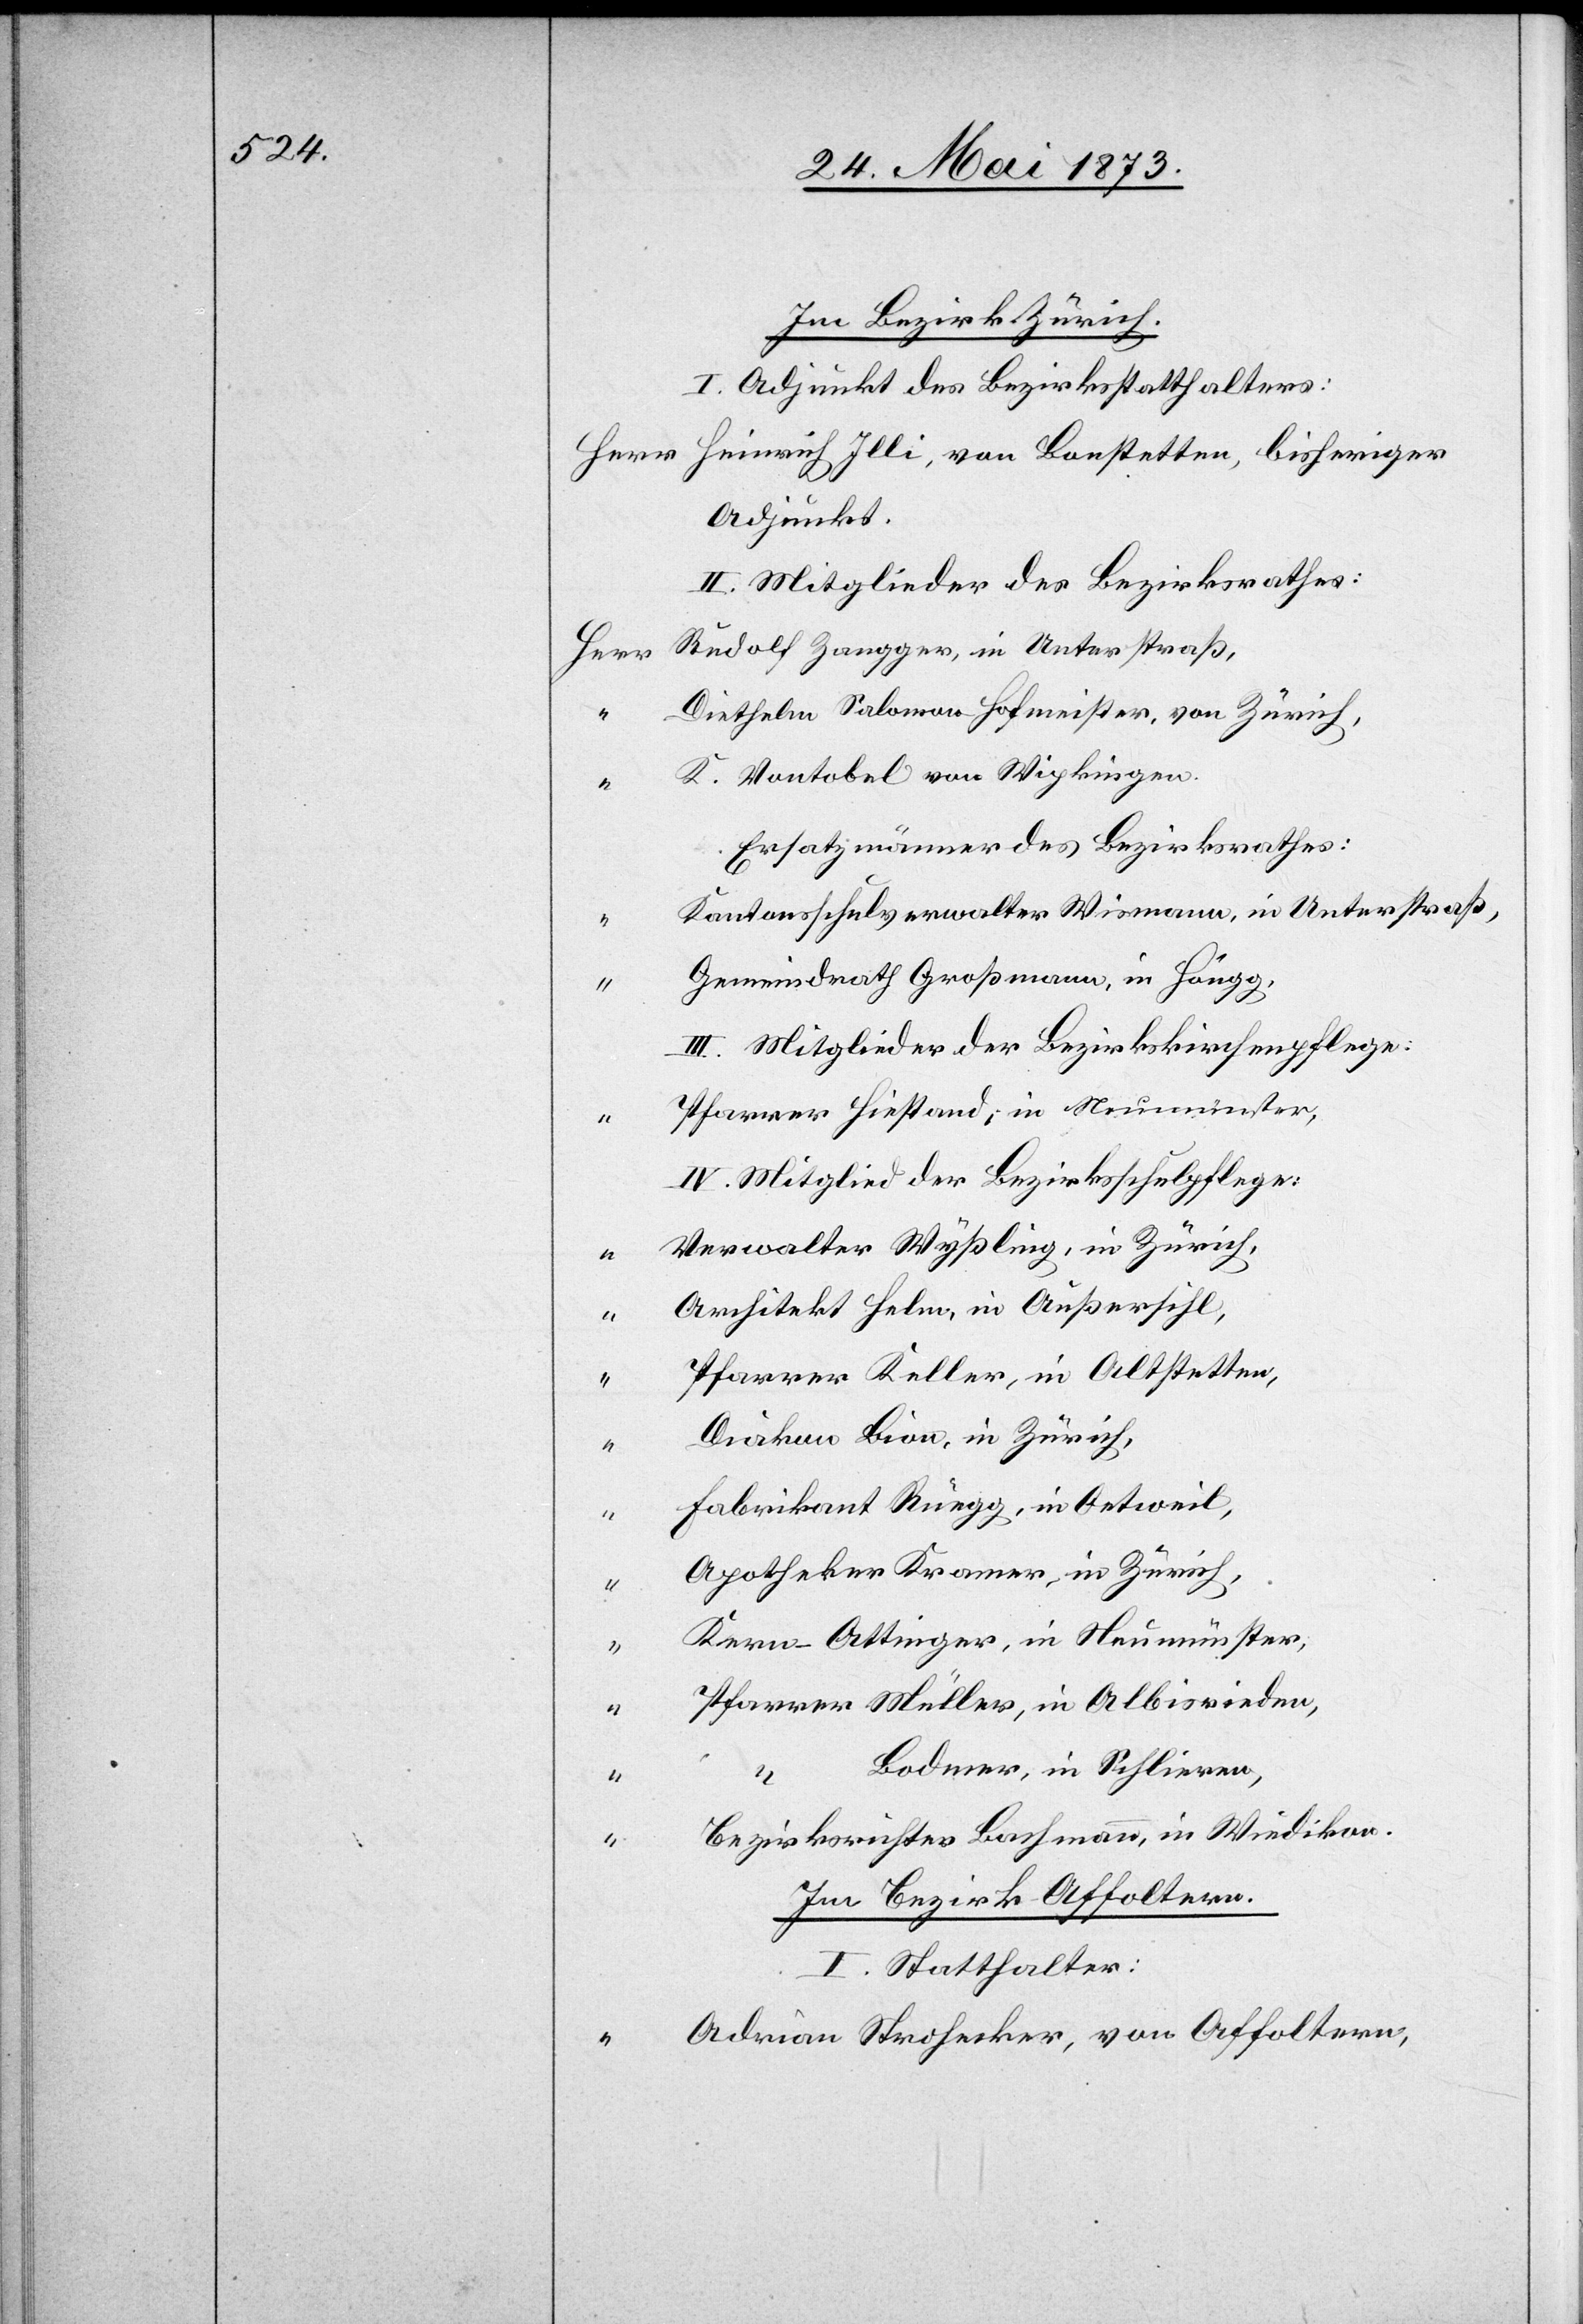
Im Bezirk Zürich.
I. Adjunkt des Bezirksstatthalters:
Adjunkt.
II. Mitglieder des Bezirksrathes:
Rudolf Zangger, in Unterstraß,
Herr
Diethelm Salomon Hofmeister, von Zürich,
K. Vontobel von Wipkingen.
Ersatzmänner des Bezirksrathes:
Kantonsschulverwalter Wismann, in Unterstraß,
“
Gemeindrath Großmann, in Höngg,
III. Mitglieder der Bezirkskirchenpflege:
Pfarrer Hiestand; in Neumünster
IV. Mitglied der Bezirksschulpflege:
Verwalter Wyßling, in Zürich,
Architekt Helm, in Außersihl,
Pfarrer Keller, in Altstetten,
“
Diakon Bion, in Zürich,
Fabrikant Rüegg, in Oetweil,
“
Apotheker Kramer, in Zürich,
“
Kern-Ottinger, in Neumünster,
“
Pfarrer Müller, in Albisrieden,
“
Bodmer, in Schlieren,
eriger
Bezirksrichter Bachmann, in Wiedikon.
Im Bezirk Affoltern.
I. Statthalter:
Adrian Strohecker, von Affoltern,